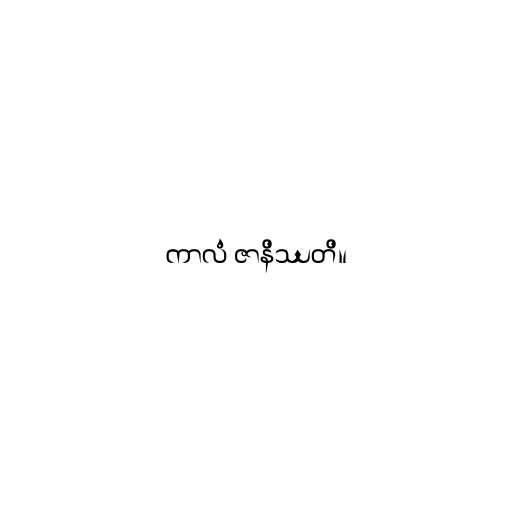
ကာလံ ဇာနိဿတိ။